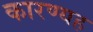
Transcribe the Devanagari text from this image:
कारण्यह